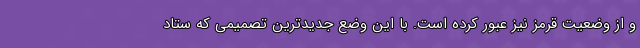
و از وضعیت قرمز نیز عبور کرده است. با این وضع جدیدترین تصمیمی که ستاد